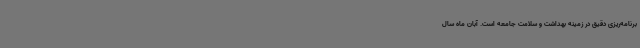
برنامه‌ریزی دقیق در زمینه بهداشت و سلامت جامعه است. آبان ماه سال‌